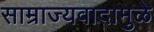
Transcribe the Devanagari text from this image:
साम्राज्यवादामुळे